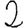
Digit: 2